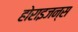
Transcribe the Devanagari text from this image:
होराइजन्स